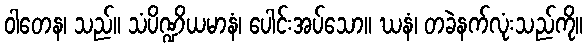
ဝါတေန၊ သည်။ သံပိဏ္ဍိယမာနံ၊ ပေါင်းအပ်သော။ ဃနံ၊ တခဲနက်လုံးသည်ကို။